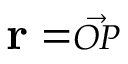
\mathbf { r } = \scriptstyle { \vec { O P } }